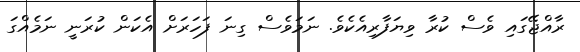
ރާއްޖޭގައި ވެސް ކުރާ ވިޔަފާރިއެކެވެ. ނަމަވެސް ގިނަ ފަހަރަށް އެކަން ކުރަނީ ނަމެއްގަ